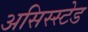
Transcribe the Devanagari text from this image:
असिस्स्टेड